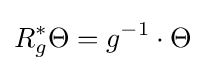
R_{g}^{*}\Theta =g^{-1}\cdot \Theta